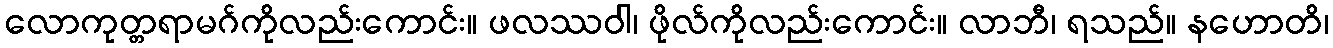
လောကုတ္တရာမဂ်ကိုလည်းကောင်း။ ဖလဿဝါ၊ ဖိုလ်ကိုလည်းကောင်း။ လာဘီ၊ ရသည်။ နဟောတိ၊